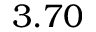
3 . 7 0